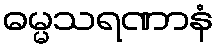
ဓမ္မသရဏာနံ